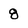
Character: 8